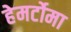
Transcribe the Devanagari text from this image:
हेमर्टोमा